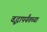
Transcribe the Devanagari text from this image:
वृद्धापर्यंतच्या